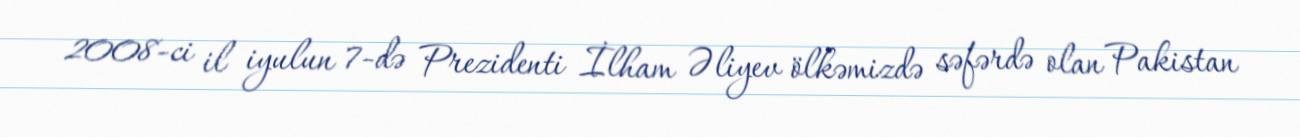
2008-ci il iyulun 7-də Prezidenti İlham Əliyev ölkəmizdə səfərdə olan Pakistan